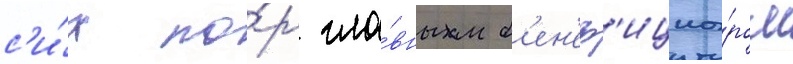
с'и́х по́р гла́вным б'ен'еф'ициа́ром